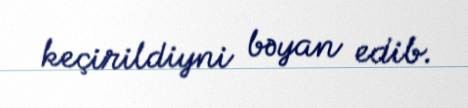
keçirildiyni bəyan edib.